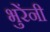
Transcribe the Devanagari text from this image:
भुरेंनी